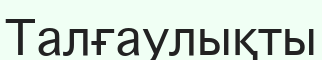
Талғаулықты